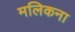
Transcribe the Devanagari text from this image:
मलिकना